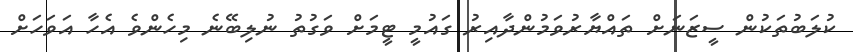
ކުލަބުތަކުން ސީޒަނަށް ތައްޔާރުވަމުންދާއިރު ގައުމީ ޓީމަށް ވަގުތު ނުލިބޭނެ މިހެންވެ އެހާ އަވަހަށް